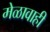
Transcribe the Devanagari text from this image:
मेळावाही